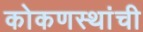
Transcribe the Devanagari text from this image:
कोकणस्थांची